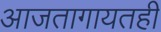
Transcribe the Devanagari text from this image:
आजतागायतही